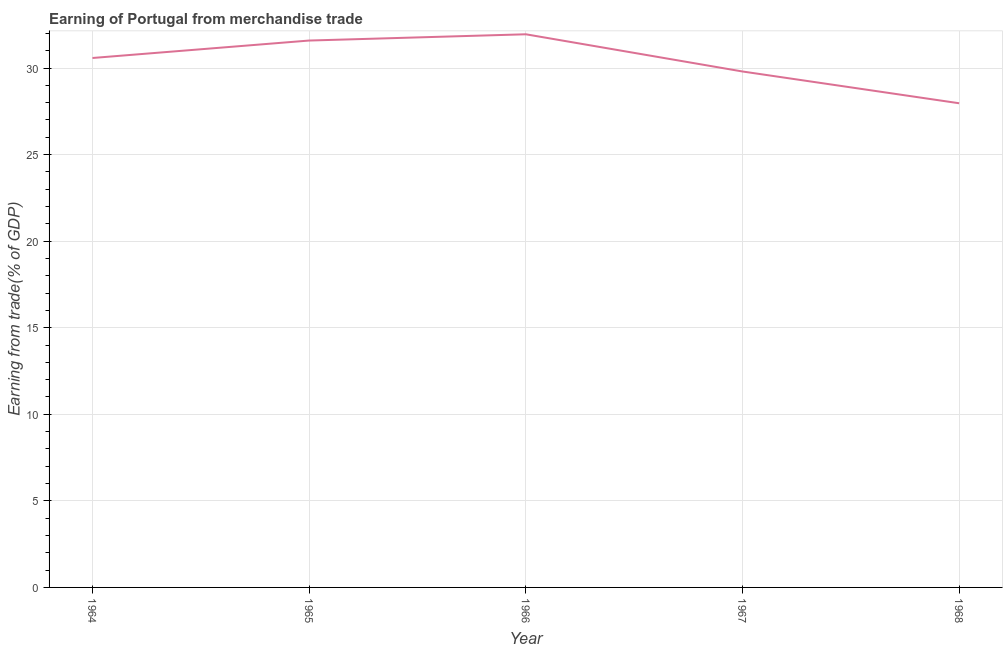
| Year | Merchandise trade |
 | --- | --- |
 | 1964 | 30.6 |
 | 1965 | 31.6 |
 | 1966 | 31.9 |
 | 1967 | 29.8 |
 | 1968 | 28 |